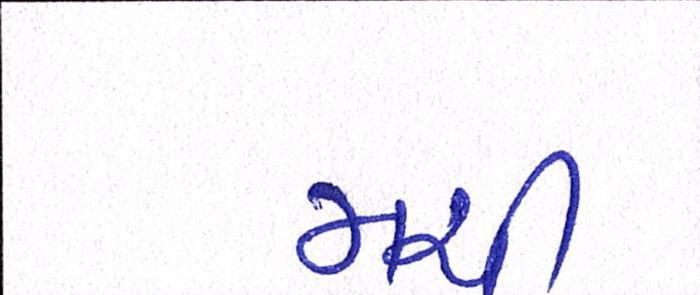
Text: મચી